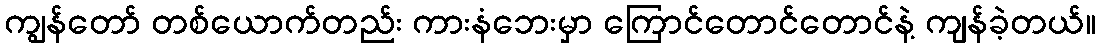
ကျွန်တော် တစ်ယောက်တည်း ကားနံဘေးမှာ ကြောင်တောင်တောင်နဲ့ ကျန်ခဲ့တယ်။